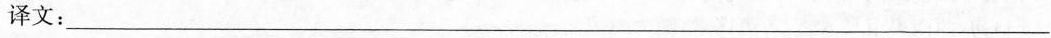
译文：___